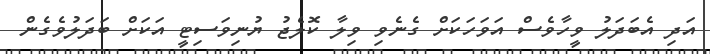
އަދި އެބަދަލު ވީހާވެސް އަވަހަކަށް ގެނެވި ވިލާ ކޮލެޖު ޔުނިވަސިޓީ އަކަށް ބަދަލުވެގެން